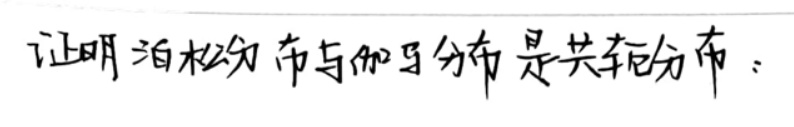
证明泊松分布与伽马分布是共轭分布。